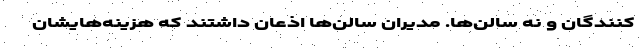
کنندگان و نه سالن‌ها. مدیران سالن‌ها اذعان داشتند که هزینه‌هایشان